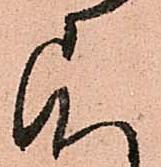
す